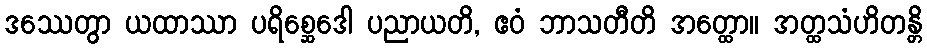
ဒဿေတွာ ယထာဿာ ပရိစ္ဆေဒေါ ပညာယတိ, ဧဝံ ဘာသတီတိ အတ္ထော။ အတ္ထသံဟိတန္တိ